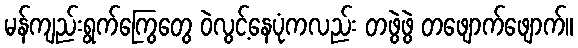
မန်ကျည်းရွက်ကြွေတွေ ဝဲလွင့်နေပုံကလည်း တဖွဲဖွဲ တဖျောက်ဖျောက်။